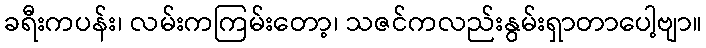
ခရီးကပန်း၊ လမ်းကကြမ်းတော့၊ သဇင်ကလည်းနွမ်းရှာတာပေါ့ဗျာ။